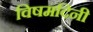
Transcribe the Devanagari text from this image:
विषमदिनी